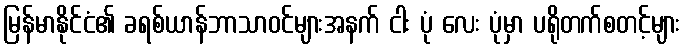
မြန်မာနိုင်ငံ၏ ခရစ်ယာန်ဘာသာဝင်များအနက် ငါး ပုံ လေး ပုံမှာ ပရိုတက်စတင့်များ